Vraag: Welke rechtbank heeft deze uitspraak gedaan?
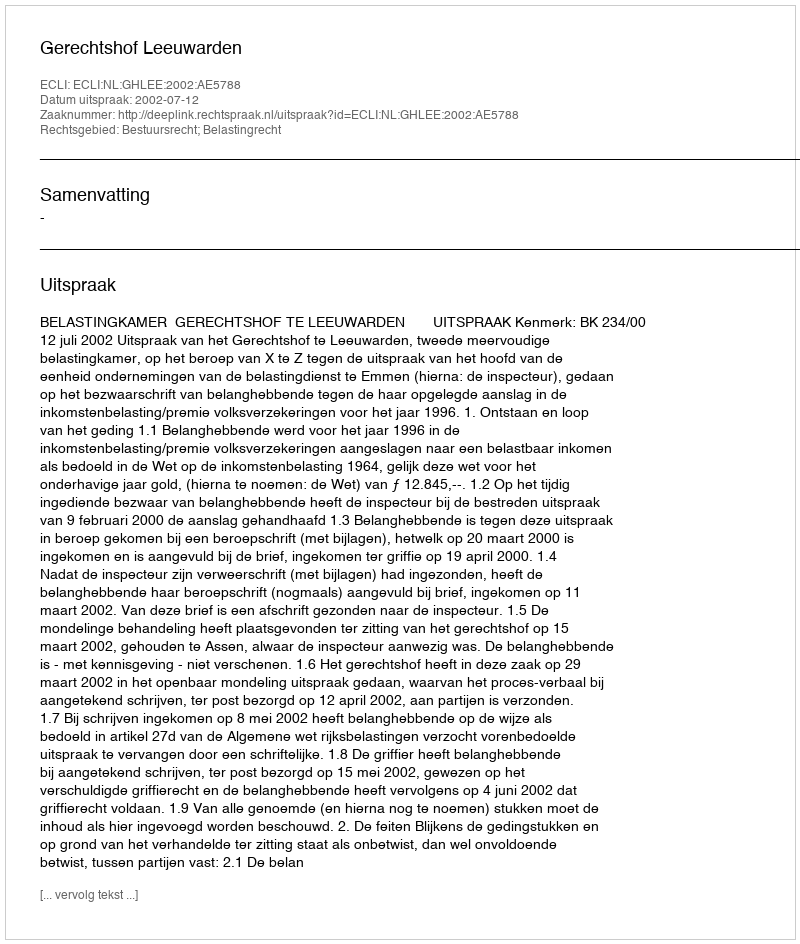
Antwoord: Gerechtshof Leeuwarden